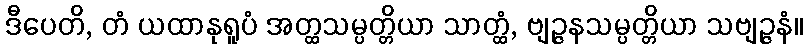
ဒီပေတိ, တံ ယထာနုရူပံ အတ္ထသမ္ပတ္တိယာ သာတ္ထံ, ဗျဉ္ဇနသမ္ပတ္တိယာ သဗျဉ္ဇနံ။